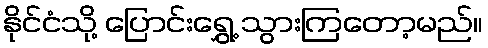
နိုင်ငံသို့ ပြောင်းရွှေ့ သွားကြတော့မည်။